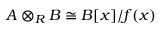
A \otimes _ { R } B \cong B [ x ] / f ( x )